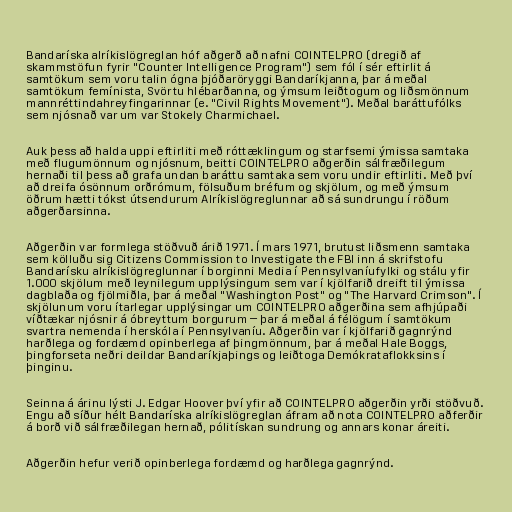
Bandaríska alríkislögreglan hóf aðgerð að nafni COINTELPRO (dregið af
skammstöfun fyrir "Counter Intelligence Program") sem fól í sér eftirlit á
samtökum sem voru talin ógna þjóðaröryggi Bandaríkjanna, þar á meðal
samtökum femínista, Svörtu hlébarðanna, og ýmsum leiðtogum og liðsmönnum
mannréttindahreyfingarinnar (e. "Civil Rights Movement"). Meðal baráttufólks
sem njósnað var um var Stokely Charmichael.

Auk þess að halda uppi eftirliti með róttæklingum og starfsemi ýmissa samtaka
með flugumönnum og njósnum, beitti COINTELPRO aðgerðin sálfræðilegum
hernaði til þess að grafa undan baráttu samtaka sem voru undir eftirliti. Með því
að dreifa ósönnum orðrómum, fölsuðum bréfum og skjölum, og með ýmsum
öðrum hætti tókst útsendurum Alríkislögreglunnar að sá sundrungu í röðum
aðgerðarsinna.

Aðgerðin var formlega stöðvuð árið 1971. Í mars 1971, brutust liðsmenn samtaka
sem kölluðu sig Citizens Commission to Investigate the FBI inn á skrifstofu
Bandarísku alríkislögreglunnar í borginni Media í Pennsylvaníufylki og stálu yfir
1.000 skjölum með leynilegum upplýsingum sem var í kjölfarið dreift til ýmissa
dagblaða og fjölmiðla, þar á meðal "Washington Post" og "The Harvard Crimson". Í
skjölunum voru ítarlegar upplýsingar um COINTELPRO aðgerðina sem afhjúpaði
víðtækar njósnir á óbreyttum borgurum – þar á meðal á félögum í samtökum
svartra nemenda í herskóla í Pennsylvaníu. Aðgerðin var í kjölfarið gagnrýnd
harðlega og fordæmd opinberlega af þingmönnum, þar á meðal Hale Boggs,
þingforseta neðri deildar Bandaríkjaþings og leiðtoga Demókrataflokksins í
þinginu.

Seinna á árinu lýsti J. Edgar Hoover því yfir að COINTELPRO aðgerðin yrði stöðvuð.
Engu að síður hélt Bandaríska alríkislögreglan áfram að nota COINTELPRO aðferðir
á borð við sálfræðilegan hernað, pólitískan sundrung og annars konar áreiti.

Aðgerðin hefur verið opinberlega fordæmd og harðlega gagnrýnd.